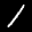
Label: 1